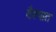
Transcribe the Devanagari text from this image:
वैश्यात